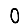
Digit: 0